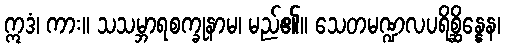
ဣဒံ၊ ကား။ သသမ္ဘာရစက္ခုနာမ၊ မည်၏။ သေတမဏ္ဍလပရိစ္ဆိန္နေန၊